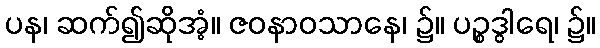
ပန၊ ဆက်၍ဆိုအံ့။ ဇဝနာဝသာနေ၊ ၌။ ပဉ္စဒွါရေ၊ ၌။